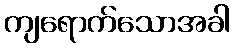
ကျရောက်သောအခါ